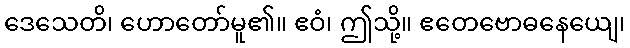
ဒေသေတိ၊ ဟောတော်မူ၏။ ဧဝံ၊ ဤသို့။ ဧတေဗောဓနေယျေ၊